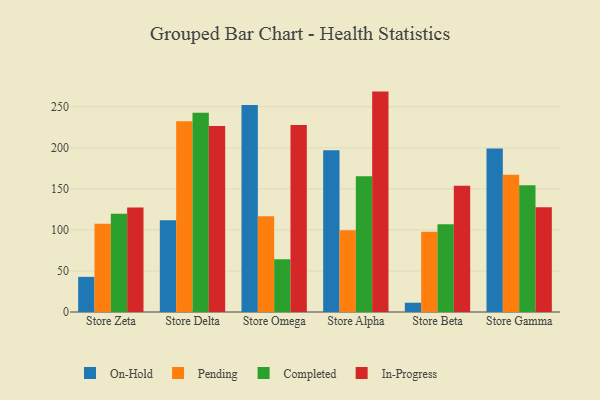
{"axis": {"x": "Store", "y": "Net Income (USD K)"}, "legend": ["Completed", "In-Progress", "On-Hold", "Pending"], "data": [{"x": "Store Zeta", "y": 42.8, "type": "On-Hold"}, {"x": "Store Zeta", "y": 107.5, "type": "Pending"}, {"x": "Store Zeta", "y": 119.8, "type": "Completed"}, {"x": "Store Zeta", "y": 127.2, "type": "In-Progress"}, {"x": "Store Delta", "y": 111.7, "type": "On-Hold"}, {"x": "Store Delta", "y": 232.5, "type": "Pending"}, {"x": "Store Delta", "y": 242.7, "type": "Completed"}, {"x": "Store Delta", "y": 226.6, "type": "In-Progress"}, {"x": "Store Omega", "y": 252.2, "type": "On-Hold"}, {"x": "Store Omega", "y": 116.6, "type": "Pending"}, {"x": "Store Omega", "y": 64.4, "type": "Completed"}, {"x": "Store Omega", "y": 227.8, "type": "In-Progress"}, {"x": "Store Alpha", "y": 197.2, "type": "On-Hold"}, {"x": "Store Alpha", "y": 99.5, "type": "Pending"}, {"x": "Store Alpha", "y": 165.3, "type": "Completed"}, {"x": "Store Alpha", "y": 268.5, "type": "In-Progress"}, {"x": "Store Beta", "y": 11.3, "type": "On-Hold"}, {"x": "Store Beta", "y": 97.7, "type": "Pending"}, {"x": "Store Beta", "y": 107.0, "type": "Completed"}, {"x": "Store Beta", "y": 153.8, "type": "In-Progress"}, {"x": "Store Gamma", "y": 199.3, "type": "On-Hold"}, {"x": "Store Gamma", "y": 167.1, "type": "Pending"}, {"x": "Store Gamma", "y": 154.4, "type": "Completed"}, {"x": "Store Gamma", "y": 127.5, "type": "In-Progress"}]}